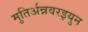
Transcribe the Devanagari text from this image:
मुतिर्अन्नवरइयुन